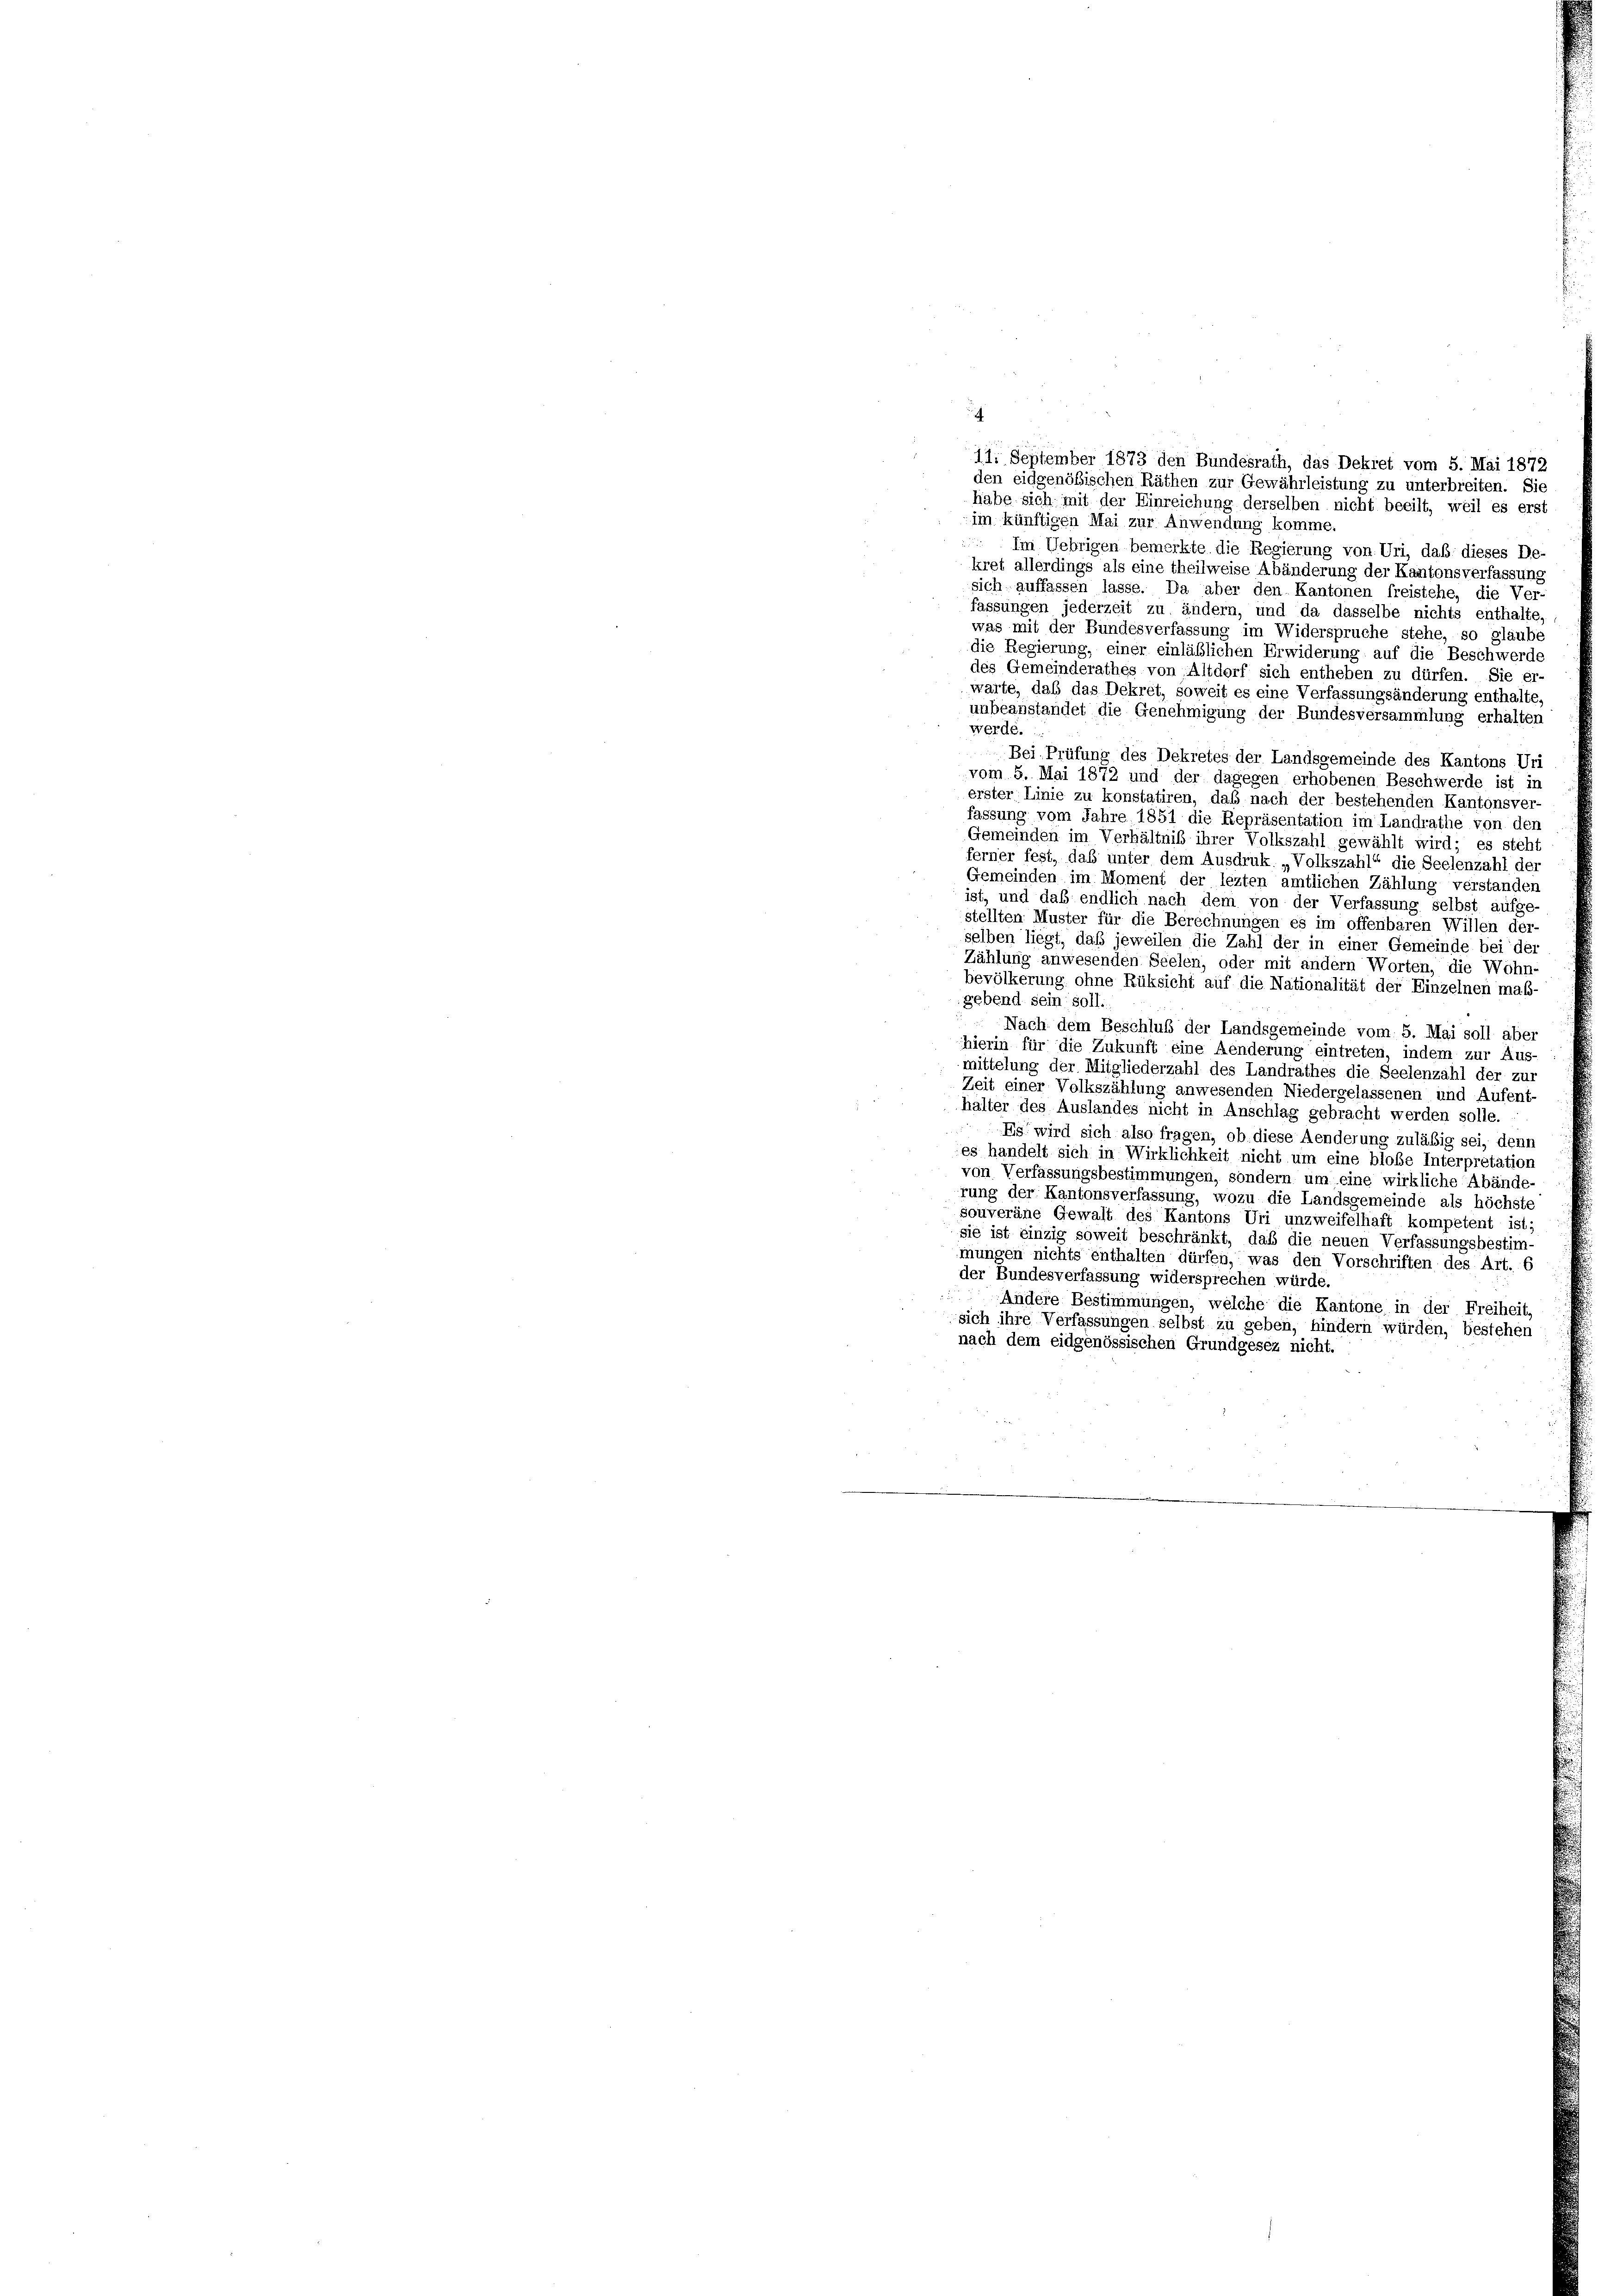
11. September 1873 den Bundesrath, das Dekret vom 5. Mai 1872
den eidgenößischen Räthen zur Gewährleistung zu unterbreiten. Sie
habe sich mit der Einreichung derselben nicht beeilt, weil es erst
im künftigen Mai zur Anwendung komme.

Im Uebrigen bemerkte die Regierung von Uri, daß dieses De-
kret allerdings als eine theilweise Abänderung der Kantonsverfassung
sich auffassen lasse. Da aber den Kantonen freistehe, die Ver-
fassungen jederzeit zu ändern, und da dasselbe nichts enthalte,
was mit der Bundesverfassung im Widerspruche stehe, so glaube
die Regierung, einer einläßlichen Erwiderung auf die Beschwerde
des Gemeinderathes von Altdorf sich entheben zu dürfen. Sie er-
warte, daß das Dekret, soweit es eine Verfassungsänderung enthalte,
unbeanstandet die Genehmigung der Bundesversammlung erhalten
werde.
Bei Prüfung des Dekretes der Landsgemeinde des Kantons Uri
vom 5. Mai 1872 und der dagegen erhobenen Beschwerde ist in
erster Linie zu konstatiren, daß nach der bestehenden Kantonsver
fassung vom Jahre 1851 die Repräsentation im Landrathe von den
Gemeinden im Verhältniß ihrer Volkszahl gewählt wird; es steht
ferner fest, daß unter dem Ausdruk „Volkszahl“ die Seelenzahl der
Gemeinden im Moment der lezten amtlichen Zählung verstanden
ist, und daß endlich nach dem von der Verfassung selbst aufge
stellten Muster für die Berechnungen es im offenbaren Willen der-
selben liegt, daß jeweilen die Zahl der in einer Gemeinde bei der
Zählung anwesenden Seelen, oder mit andern Worten, die Wohn-
bevölkerung ohne Rüksicht auf die Nationalität der Einzelnen maß-
gebend sein soll.
Nach dem Beschluß der Landsgemeinde vom 5. Mai soll aber
hierin für die Zukunft eine Aenderung eintreten, indem zur Aus-
mittelung der Mitgliederzahl des Landrathes die Seelenzahl der zur
Zeit einer Volkszählung anwesenden Niedergelassenen und Aufent-
halter des Auslandes nicht in Anschlag gebracht werden solle.
28
Es wird sich also fragen, ob diese Aenderung zuläßig sei, denn
es handelt sich in Wirklichkeit nicht um eine blobe Interpretation
von Verfassungsbestimmungen, sondern um eine wirkliche Abände-
rung der Kantonsverfassung, wozu die Landsgemeinde als höchste
Souveräne Gewalt des Kantons Uri unzweifelhaft kompetent ist;
sie ist einzig soweit beschränkt, daß die neuen Verfassungsbestim-
mungen nichts enthalten dürfen, was den Vorschriften des Art. 6
der Bundesverfassung widersprechen würde.
Andere Bestimmungen, welche die Kantone in der Freiheit
sich ihre Verfassungen selbst zu geben, hindern würden, bestehen
nach dem eidgenössischen Grundgesez nicht.